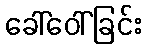
ခေါ်ဝေါ်ခြင်း